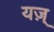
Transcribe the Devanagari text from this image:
यज़्